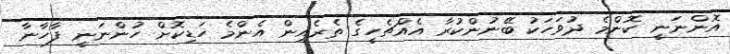
އޮންނަނީ ކޮންމެ ދުވަހަކު ބޭނުންކުރާ އެއްޗެހީގެ ތެރެއިން އެންމެ ހަޑިކޮށް ހުންނަނީ ފާހާނާ